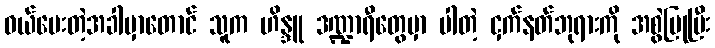
ဝယ်ပေးတဲ့အခါမှာတောင် သူက ဟိန္ဒူ ဒဏ္ဍာရီတွေမှာ ပါတဲ့ ငှက်နတ်ဘုရားကို အစွဲပြုပြီး